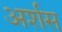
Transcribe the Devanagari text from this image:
अर्शस